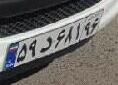
۵۹د۶۸۱۹۶